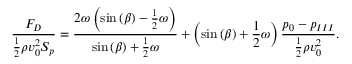
\frac { F _ { D } } { \frac { 1 } { 2 } \rho v _ { 0 } ^ { 2 } S _ { p } } = { } \frac { 2 \omega \left( \sin { ( \beta ) } - \frac { 1 } { 2 } \omega \right) } { \sin { ( \beta ) } + \frac { 1 } { 2 } \omega } + \left( \sin { ( \beta ) } + \frac { 1 } { 2 } \omega \right) \frac { { p _ { 0 } } - { p _ { I I I } } } { \frac { 1 } { 2 } \rho v _ { 0 } ^ { 2 } } .